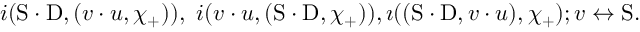
i ( \mathrm { S } \cdot \mathrm { D } , ( v \cdot u , \chi _ { + } ) ) , \ i ( v \cdot u , ( \mathrm { S } \cdot \mathrm { D } , \chi _ { + } ) ) , \i ( ( \mathrm { S } \cdot \mathrm { D } , v \cdot u ) , \chi _ { + } ) ; v \leftrightarrow \mathrm { S } .